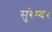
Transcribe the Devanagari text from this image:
सुरेश्‍वर